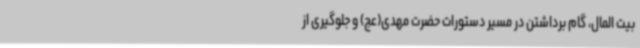
بیت المال، گام برداشتن در مسیر دستورات حضرت مهدی(عج) و جلوگیری از